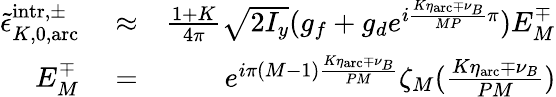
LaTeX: \begin{array}{rlr}{\tilde{\epsilon}_{K,0,\mathrm{arc}}^{\mathrm{intr},\pm}}&{{}\approx}&{\frac{1+K}{4\pi}\sqrt{2I_{y}}(g_{f}+g_{d}e^{i\frac{K\eta_{\mathrm{arc}}\mp\nu_{B}}{MP}\pi})E_{M}^{\mp}}\\ {E_{M}^{\mp}}&{{}=}&{e^{i\pi(M-1)\frac{K\eta_{\mathrm{arc}}\mp\nu_{B}}{PM}}\zeta_{M}(\frac{K\eta_{\mathrm{arc}}\mp\nu_{B}}{PM})}\end{array}